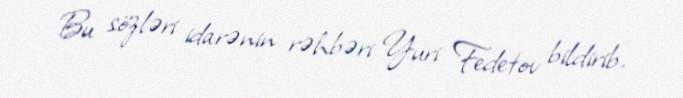
Bu sözləri idarənin rəhbəri Yuri Fedetov bildirib.